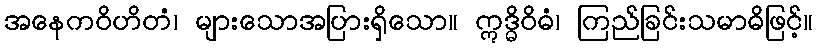
အနေကဝိဟိတံ၊ များသောအပြားရှိသော။ ဣဒ္ဓိဝိဓံ၊ ကြည်ခြင်းသမာဓိဖြင့်။